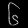
Digit: ၆